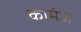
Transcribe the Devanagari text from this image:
कामंज